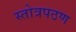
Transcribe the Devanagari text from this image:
स्तोत्रपठण